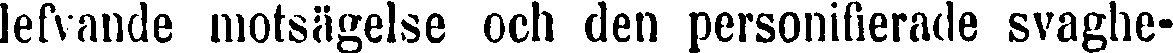
lefvande motsägelse och den personifierade svaghe-